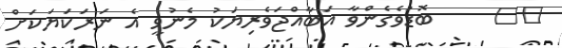
١٥     ބޮޑުވެގެންވާ އަބާއްޖަވެރިޔަކު މެނުވީ އެ ނަރަކަޔަކަށް